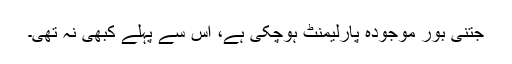
جتنی بور موجودہ پارلیمنٹ ہوچکی ہے، اس سے پہلے کبھی نہ تھی۔